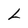
Character: L